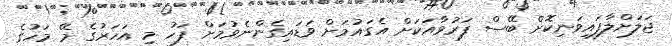
ޖަލަށްލާފައިވަނިކޮށް ބޭސް ފަރުވާއަކަށް އެގައުމަށް ވަޑައިގެންނެވުމަށް ފަހު މި އަހަރުގެ މޭ މަހުގެ